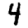
Digit: 4